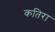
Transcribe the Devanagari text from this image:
कतिरा